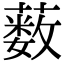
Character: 薮